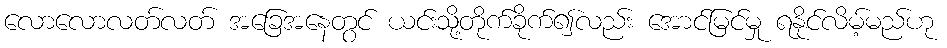
လောလောလတ်လတ် အခြေအနေတွင် ယင်းသို့တိုက်ခိုက်၍လည်း အောင်မြင်မှု ရနိုင်လိမ့်မည်ဟု